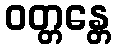
ဝတ္တန္တေ